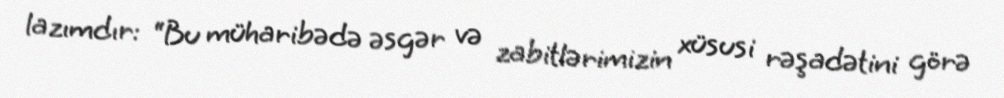
lazımdır: “Bu müharibədə əsgər və zabitlərimizin xüsusi rəşadətini görə